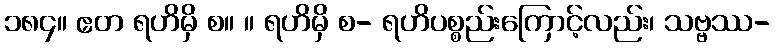
၁၈၄။ ဧတ ရဟိမှိ စ။ ။ ရဟိမှိ စ- ရဟိပစ္စည်းကြောင့်လည်း၊ သဗ္ဗဿ-